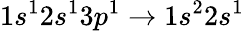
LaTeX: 1s^{1}2s^{1}3p^{1}\rightarrow 1s^{2}2s^{1}